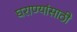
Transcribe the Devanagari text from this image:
घराण्यांसाठी